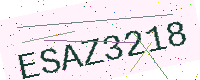
Text: ESAZ3218